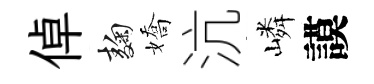
倬麹嬌沆嶙謨